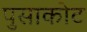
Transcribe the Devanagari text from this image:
पुसाकोट